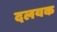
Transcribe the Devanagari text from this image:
दलयक